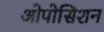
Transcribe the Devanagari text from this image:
ओपोसिशन